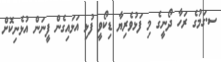
ސ.ގަމުގެ ރަހާ ދޯނީގެ މި ފަޅުވެރިޔާ ޑިކޯވީ ފުޅި އަޅައިގެން ފީނަން އުޅެނިކޮށް